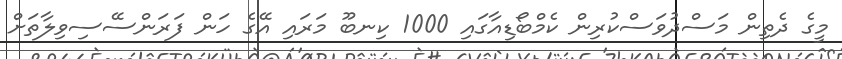
މީގެ ދެތިން މަސްދުވަސްކުރިން ކެމްބޯޑިއާގައި 1000 ކިނބޫ މަރައި އޭގެ ހަން ފަރަންސޭސިވިލާތަށް